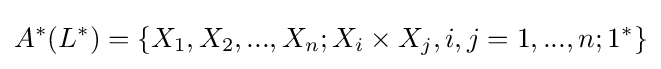
A^{*}(L^{*})=\{X_{1},X_{2},...,X_{n};X_{i}\times X_{j},i,j=1,...,n;1^{*}\}